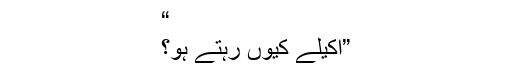
“
”اکیلے کیوں رہتے ہو؟